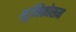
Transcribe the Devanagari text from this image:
भूमिकोसम